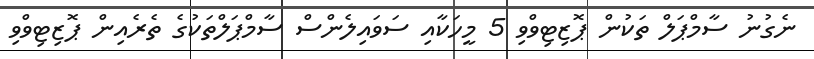
ނެގުނު ސާމްޕަލް ތަކުން ޕޮޒިޓިވްވި 5 މީހަކާއި ސަވައިލެންސް ސާމްޕަލްތަކުގެ ތެރެއިން ޕޮޒިޓިވްވި